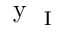
\mathrm { ~ y ~ } _ { \mathrm { ~ I ~ } }